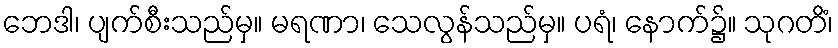
ဘေဒါ၊ ပျက်စီးသည်မှ။ မရဏာ၊ သေလွန်သည်မှ။ ပရံ၊ နောက်၌။ သုဂတိံ၊